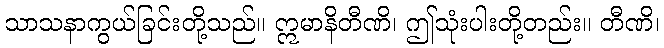
သာသနာကွယ်ခြင်းတို့သည်။ ဣမာနိတီဏိ၊ ဤသုံးပါးတို့တည်း။ တီဏိ၊